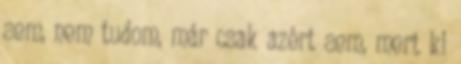
sem, nem tudom, már csak azért sem, mert ki